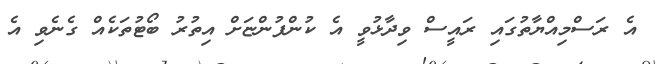
އެ ރަސްމިއްޔާތުގައި ރައީސް ވިދާޅުވީ އެ ކުންފުންޏަށް އިތުރު ބޯޓުތަކެއް ގެނެވި އެ